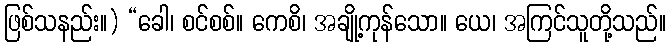
ဖြစ်သနည်း။) “ခေါ၊ စင်စစ်။ ကေစိ၊ အချို့ကုန်သော။ ယေ၊ အကြင်သူတို့သည်။